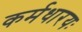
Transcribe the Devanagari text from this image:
कर्मधारयः